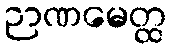
ဉာဏမေတ္ထ